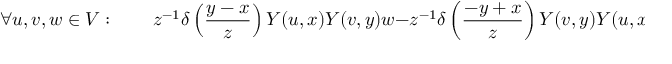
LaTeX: \forall u , v , w \in V : \qquad z ^ { - 1 } \delta \left( { \frac { y - x } { z } } \right) Y ( u , x ) Y ( v , y ) w - z ^ { - 1 } \delta \left( { \frac { - y + x } { z } } \right) Y ( v , y ) Y ( u , x ) w = y ^ { - 1 } \delta \left( { \frac { x + z } { y } } \right) Y ( Y ( u , z ) v , y ) w ,